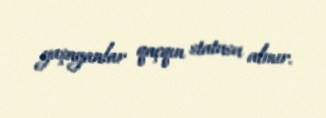
yaşayanlar qaçqın statusu almır.